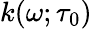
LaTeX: k(\omega;\tau_{0})